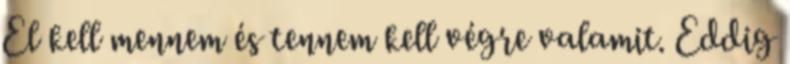
El kell mennem és tennem kell végre valamit. Eddig